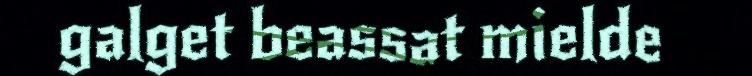
galget beassat mielde